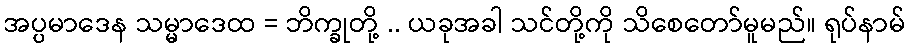
အပ္ပမာဒေန သမ္မာဒေထ = ဘိက္ခုတို့ .. ယခုအခါ သင်တို့ကို သိစေတော်မူမည်။ ရုပ်နာမ်